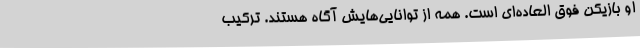
او بازیکن فوق العاده‌ای است. همه از توانایی‌هایش آگاه هستند. ترکیب